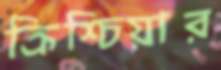
ক্রিশ্চিয়ার